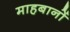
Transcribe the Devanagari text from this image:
माहबानों